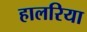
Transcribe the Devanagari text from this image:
हालरिया